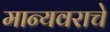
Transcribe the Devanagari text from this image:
मान्यवराचे